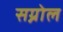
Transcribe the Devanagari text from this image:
सग्नोल